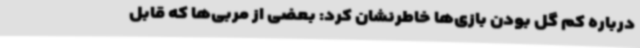
درباره کم گل بودن بازی‌ها خاطرنشان کرد:‌ بعضی از مربی‌ها که قابل